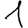
Digit: 1